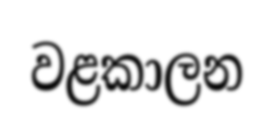
වළකාලන